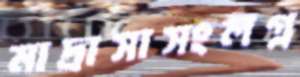
মাদ্রাসাসংলগ্ন